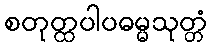
စတုတ္ထပါပဓမ္မသုတ္တံ